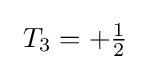
\ T_{3}=+{\tfrac {1}{2}}\